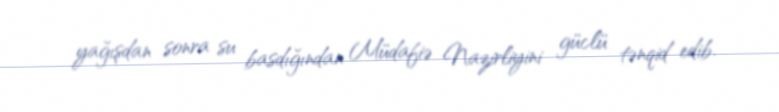
yağışdan sonra su basdığından Müdafiə Nazirliyini güclü tənqid edib.